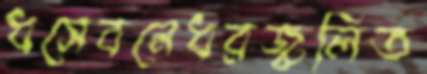
ধসেবনেধরজ্বলিত